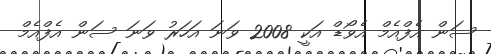
ސަން އެފްއެމް އެވޯޑް އަކީ 2008 ވަނަ އަހަރު ވަނަ ސަން އެފްއެމް